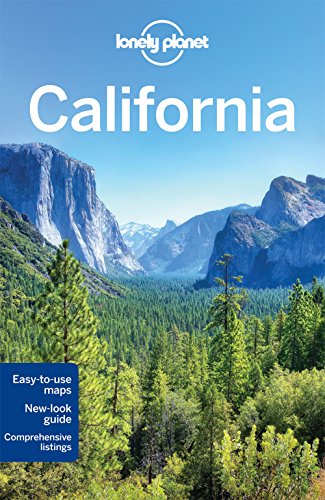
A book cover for Lonely Planet California (Travel Guide); Lonely Planet; Travel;